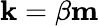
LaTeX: {\mathbf k}=\beta{\mathbf m}